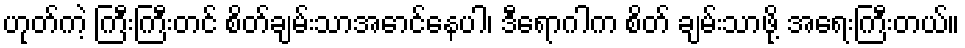
ဟုတ်ကဲ့ ကြီးကြီးတင် စိတ်ချမ်းသာအောင်နေပါ၊ ဒီရောဂါက စိတ် ချမ်းသာဖို့ အရေးကြီးတယ်။